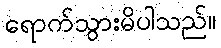
ရောက်သွားမိပါသည်။